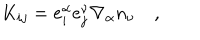
K _ { i j } = e _ { i } ^ { \alpha } e _ { j } ^ { \nu } \nabla _ { \alpha } n _ { \nu } \quad ,